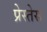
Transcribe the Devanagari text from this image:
प्रेस्तेस